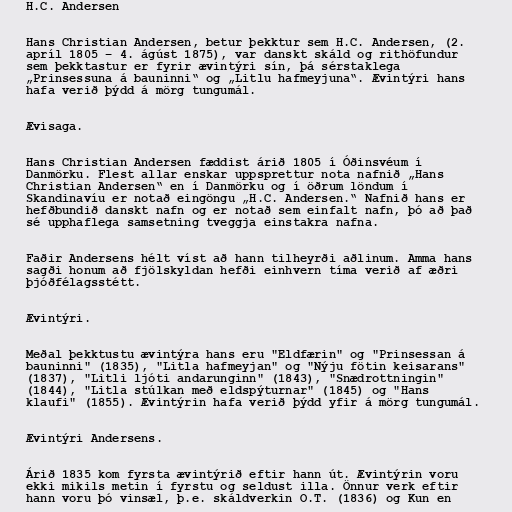
H.C. Andersen

Hans Christian Andersen, betur þekktur sem H.C. Andersen, (2.
apríl 1805 – 4. ágúst 1875), var danskt skáld og rithöfundur
sem þekktastur er fyrir ævintýri sín, þá sérstaklega
„Prinsessuna á bauninni“ og „Litlu hafmeyjuna“. Ævintýri hans
hafa verið þýdd á mörg tungumál.

Ævisaga.

Hans Christian Andersen fæddist árið 1805 í Óðinsvéum í
Danmörku. Flest allar enskar uppsprettur nota nafnið „Hans
Christian Andersen“ en í Danmörku og í öðrum löndum í
Skandinavíu er notað eingöngu „H.C. Andersen.“ Nafnið hans er
hefðbundið danskt nafn og er notað sem einfalt nafn, þó að það
sé upphaflega samsetning tveggja einstakra nafna.

Faðir Andersens hélt víst að hann tilheyrði aðlinum. Amma hans
sagði honum að fjölskyldan hefði einhvern tíma verið af æðri
þjóðfélagsstétt.

Ævintýri.

Meðal þekktustu ævintýra hans eru "Eldfærin" og "Prinsessan á
bauninni" (1835), "Litla hafmeyjan" og "Nýju fötin keisarans"
(1837), "Litli ljóti andarunginn" (1843), "Snædrottningin"
(1844), "Litla stúlkan með eldspýturnar" (1845) og "Hans
klaufi" (1855). Ævintýrin hafa verið þýdd yfir á mörg tungumál.

Ævintýri Andersens.

Árið 1835 kom fyrsta ævintýrið eftir hann út. Ævintýrin voru
ekki mikils metin í fyrstu og seldust illa. Önnur verk eftir
hann voru þó vinsæl, þ.e. skáldverkin O.T. (1836) og Kun en